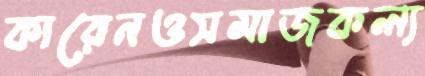
কারেনওসমাজকল্য